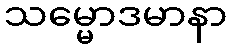
သမ္မောဒမာနာ